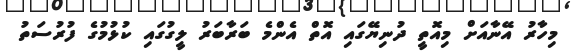
މިހާރު އޭނާއަށް މިއޮތީ ދުނިޔޭގައި އޮތް އެންމެ ބަރާބަރު ލީގުގައި ކުޅުމުގެ ފުރުސަތު